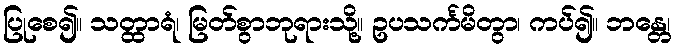
ပြုစေ၍။ သတ္ထာရံ၊ မြတ်စွာဘုရားသို့။ ဥပသင်္ကမိတွာ၊ ကပ်၍။ ဘန္တေ၊